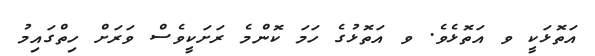
އަތޮޅަކީ ވ އަތޮޅެވެ. ވ އަތޮޅުގެ ހަަމަ ކޮންމެ ރަށަކީވެސް ވަރަށް ހިތްގައިމު